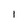
Character: I